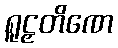
ရူဠှတိဏေ